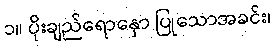
၁။ ပိုးချည်ရောနှော ပြုသောအခင်း၊